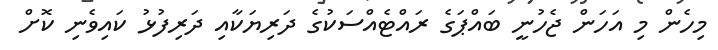
މިހެން މި އަހަން ޖެހުނީ ބައްޕަގެ ރައްޓެއްސަކުގެ ދަރިޔަކާއި ދަރިފުޅު ކައިވެނި ކޮށް